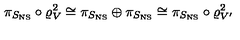
\pi _ { S _ { \mathrm { N S } } } \circ \varrho _ { V } ^ { 2 } \cong \pi _ { S _ { \mathrm { N S } } } \oplus \pi _ { S _ { \mathrm { N S } } } \cong \pi _ { S _ { \mathrm { N S } } } \circ \varrho _ { V ^ { \prime } } ^ { 2 }